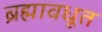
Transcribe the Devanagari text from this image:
ब्रह्मावधूत